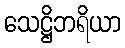
သေဋ္ဌိဘရိယာ